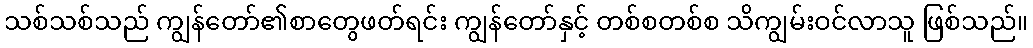
သစ်သစ်သည် ကျွန်တော်၏စာတွေဖတ်ရင်း ကျွန်တော်နှင့် တစ်စတစ်စ သိကျွမ်းဝင်လာသူ ဖြစ်သည်။